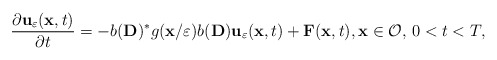
\begin{align*}\frac{\partial \mathbf{u}_{\varepsilon }(\mathbf{x},t)}{\partial t}=-b(\mathbf{D})^*g(\mathbf{x}/\varepsilon)b(\mathbf{D})\mathbf{u}_{\varepsilon}(\mathbf{x},t) +{\mathbf F}(\mathbf{x},t), \mathbf{x}\in \mathcal{O},\, 0< t < T,\end{align*}